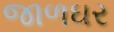
જાળઘર